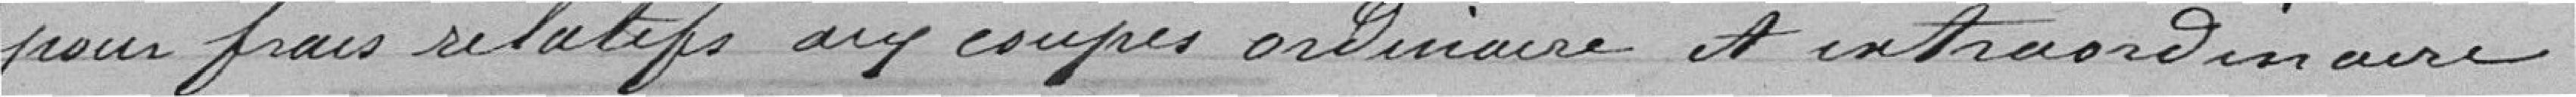
pour frais relatifs aux coupes ordinaires et extraordinaires.